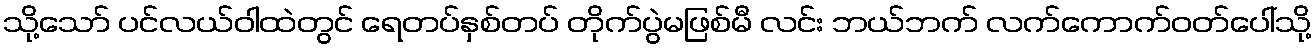
သို့သော် ပင်လယ်ဝါထဲတွင် ရေတပ်နှစ်တပ် တိုက်ပွဲမဖြစ်မီ လင်း ဘယ်ဘက် လက်ကောက်ဝတ်ပေါ်သို့